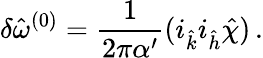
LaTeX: \delta{\hat{\omega}}^{(0)}=\frac{1}{2\pi\alpha^{\prime}}(i_{\hat{k}}i_{\hat{h}}{\hat{\chi}})\, .